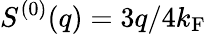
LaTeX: S^{(0)}(q)=3q/4k_{\mathrm{F}}